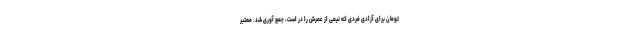
تومان برای آزادی فردی که نیمی از عمرش را در است، جمع آوری شد. معتبر